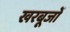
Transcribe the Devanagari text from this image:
खरबूजों